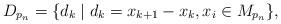
LaTeX: \begin{align*}D_{p_n}=\{d_k\mid d_k=x_{k+1}-x_k, x_i\in M_{p_n}\},\end{align*}